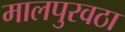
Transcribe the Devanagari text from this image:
मालपुरवठा